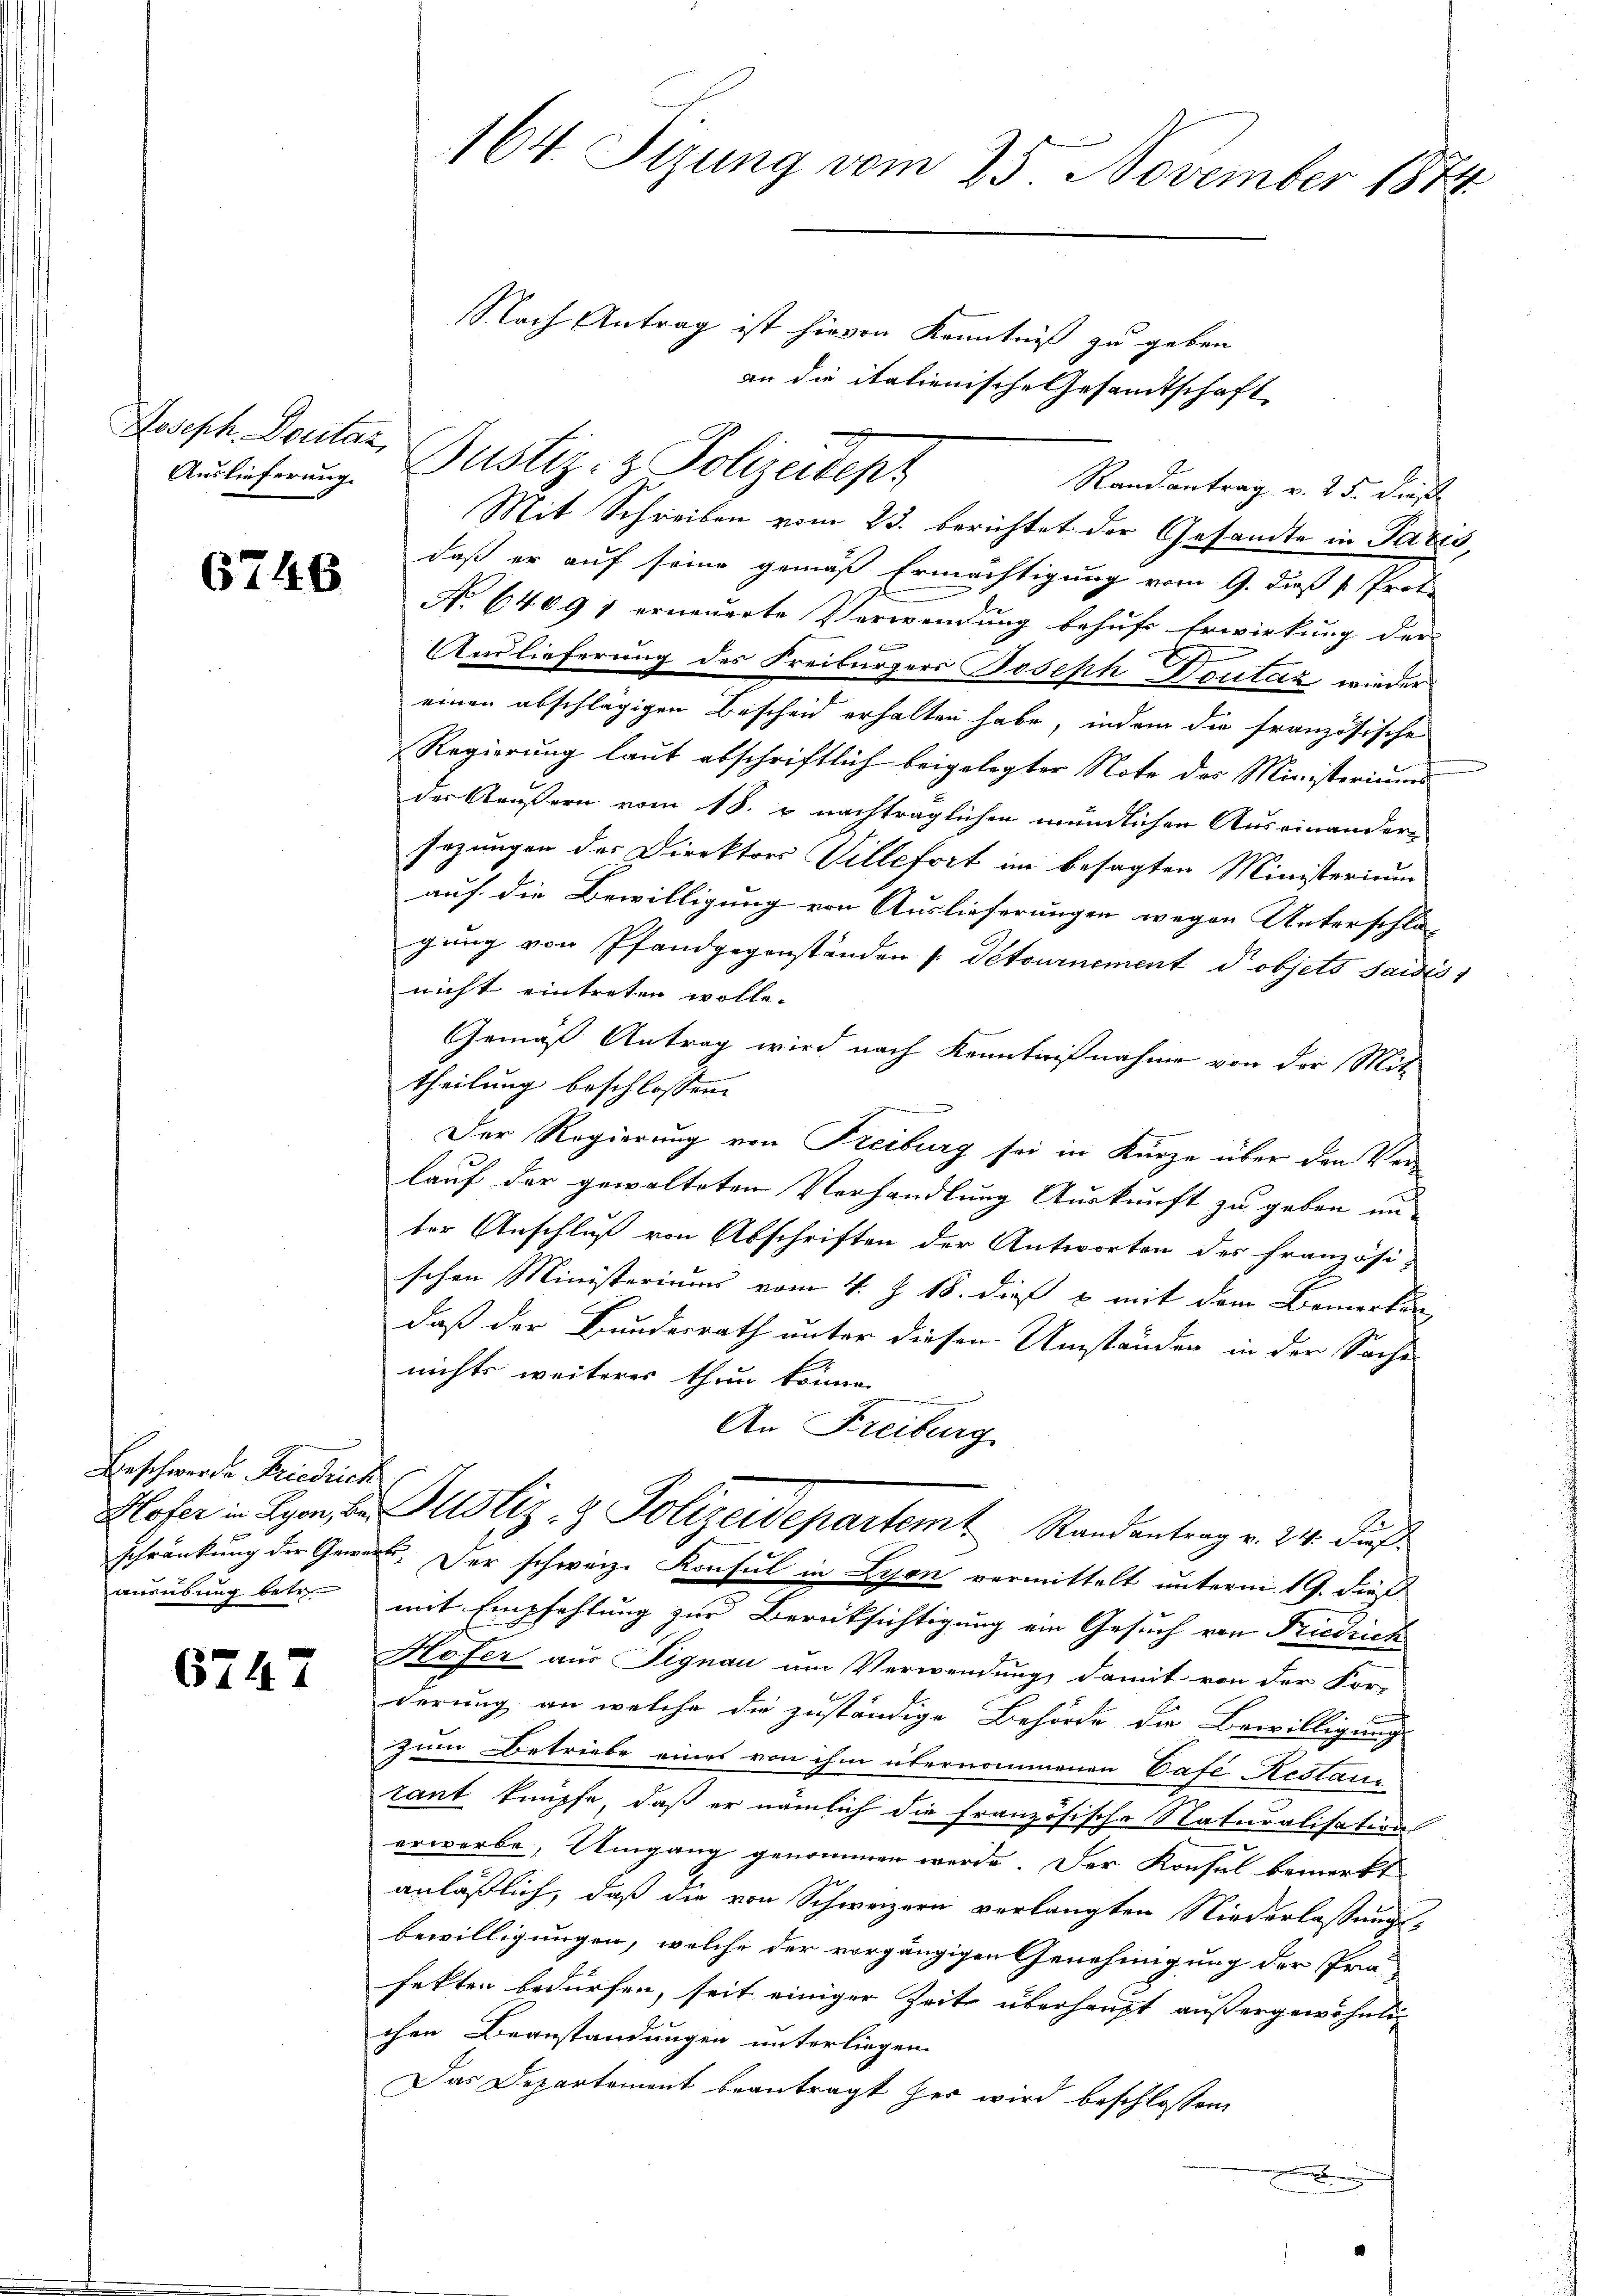
Joseph. Doutaz,

6746

Beschwerde Friedrich
Ansübung betr.

6747

e
Randantrag v. 25. dieß
Mit Schreiben vom 23. berichtet der Gesandte in Paris,
daß er auf seine gemäß Ermächtigung vom 9. dieß Prot.
No. 64091 erneuerte Verwendung behufs Erwirkung der
Auslieferung des Freiburgers Joseph Doutaz wieder
einen abschlägigen Bescheid erhalten habe, indem die französische
Regierung laut abschriftlich beigelegter Note des Ministerium
der Aeußern vom 18. u. nachträglichen mündlichen Auseinandern
sezungen des Direktors Villefort im besagten Ministerium
auf die Bewilligung von Auslieferungen wegen Unterschlagung von Pfandgegenständen s détournement dobjets saisis
nicht eintreten wolle.
Gemäß Antrag wird nach Kenntnißnahme von der Mit-
theilung beschlossen:
Der Regierung von Freiburg sei in Kurze über den Verlauf der gewalteten Verhandlung Auskunft zu geben un
ter Anschluß von Abschriften der Antworten des französi-
schen Ministeriums vom 4. J. 18. dieß & mit dem Bemerkun
daß der Bundesrath unter diesen Umständen in der Sache
nichts weiteres thun könne
An Freiburg
Hlofer in Lyon, u. Justiz- & Polizeidepartem Randantrag v. 24. Dur
schränkung der Gewere. Der schweiz. Konsul in Lyon vermittelt unterm 19. dieß
mit Empfehlung zur Berücksichtigung ein Gesuch von Friedrich
Hofer aus Signau um Verwendung, damit von der For-
derung an welche die zuständige Behörde die Bewilligung
zum Betriebe eines von ihm übernommenen Cafe Restantant knüpfe, daß er nämlich die französische Naturalisation
erwerbe, Umgang genommen werde. Der Konsul bemerkt
anläßlich, daß die von Schweizern verlangten Niederlassungs-
bewilligungen, welche der vorgängigen Genehmigung der Prä-
fekten bedürfen, seit einiger Zeit überhaupt außergewöhnlichen Beanstandungen unterliegen.
Das Departement beantragt her wird beschlossen
.

164. Sizung vom 25. November 1874

Nach Antrag ist hievon Kenntniß zu geben.
an die
e
alienischel,
444
Aŭlicherŭng. Justiz- & Polizeidept

af